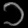
Digit: ၁